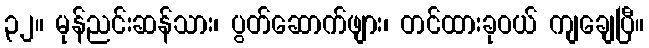
၃၂။ မုန်ညင်းဆန်သား၊ ပွတ်ဆောက်ဖျား၊ တင်ထားခုဝယ် ကျချေပြီ။